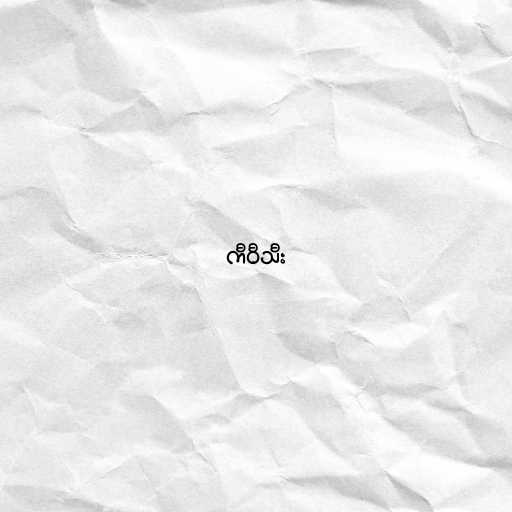
ကီဝီသီး